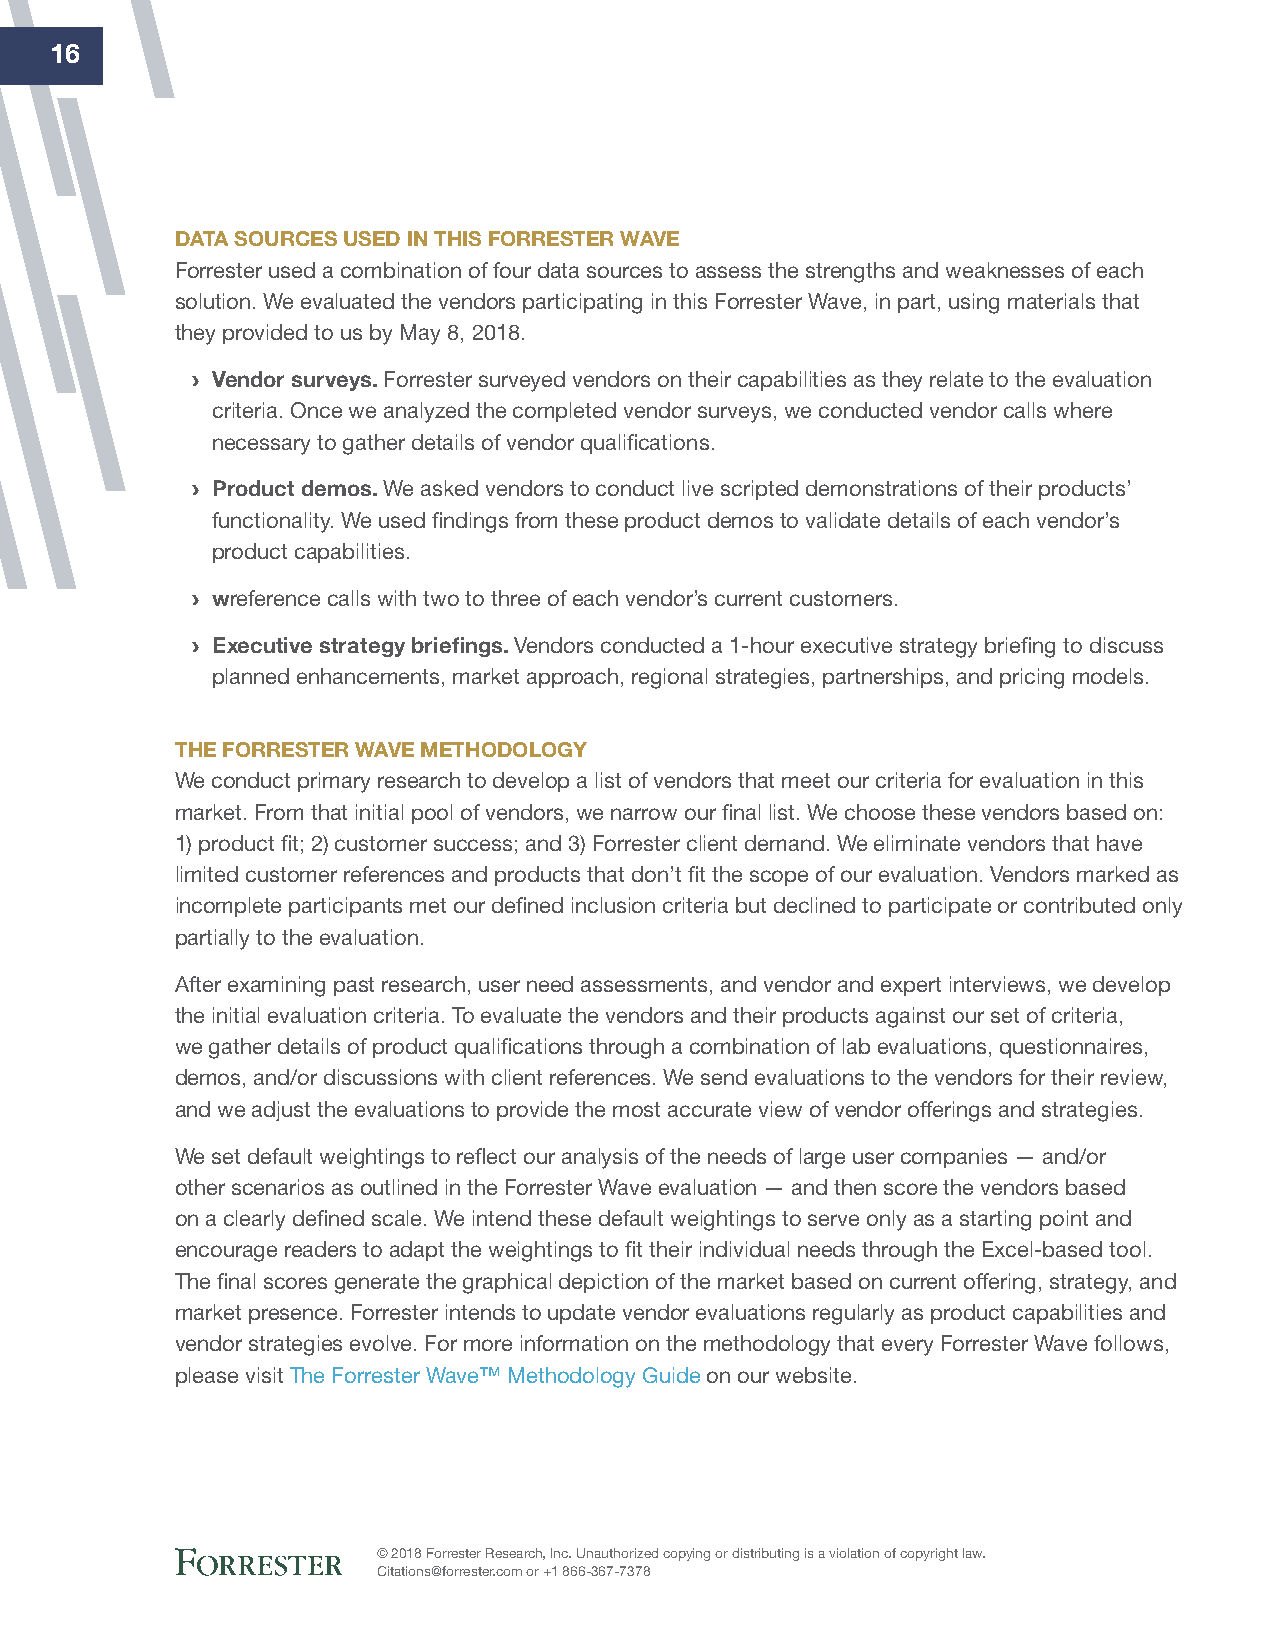
16
 dAtA SOurCeS uSed iN thiS fOrreSter wAve
 Forrester used a combination of four data sources to assess the strengths and weaknesses of each
 solution. We evaluated the vendors participating in this Forrester Wave, in part, using materials that
 they provided to us by May 8, 2018.
 › vendor surveys. Forrester surveyed vendors on their capabilities as they relate to the evaluation
 criteria. Once we analyzed the completed vendor surveys, we conducted vendor calls where
 necessary to gather details of vendor qualifications.
 › product demos. We asked vendors to conduct live scripted demonstrations of their products’
 functionality. We used findings from these product demos to validate details of each vendor’s
 product capabilities.
 › wreference calls with two to three of each vendor’s current customers.
 › executive strategy briefings. Vendors conducted a 1-hour executive strategy briefing to discuss
 planned enhancements, market approach, regional strategies, partnerships, and pricing models.
 the fOrreSter wAve MethOdOlOgy
 We conduct primary research to develop a list of vendors that meet our criteria for evaluation in this
 market. From that initial pool of vendors, we narrow our final list. We choose these vendors based on:
 1) product fit; 2) customer success; and 3) Forrester client demand. We eliminate vendors that have
 limited customer references and products that don’t fit the scope of our evaluation. Vendors marked as
 incomplete participants met our defined inclusion criteria but declined to participate or contributed only
 partially to the evaluation.
 After examining past research, user need assessments, and vendor and expert interviews, we develop
 the initial evaluation criteria. To evaluate the vendors and their products against our set of criteria,
 we gather details of product qualifications through a combination of lab evaluations, questionnaires,
 demos, and/or discussions with client references. We send evaluations to the vendors for their review,
 and we adjust the evaluations to provide the most accurate view of vendor offerings and strategies.
 We set default weightings to reflect our analysis of the needs of large user companies — and/or
 other scenarios as outlined in the Forrester Wave evaluation — and then score the vendors based
 on a clearly defined scale. We intend these default weightings to serve only as a starting point and
 encourage readers to adapt the weightings to fit their individual needs through the Excel-based tool.
 The final scores generate the graphical depiction of the market based on current offering, strategy, and
 market presence. Forrester intends to update vendor evaluations regularly as product capabilities and
 vendor strategies evolve. For more information on the methodology that every Forrester Wave follows,
 please visit The Forrester Wave™ Methodology Guide on our website.
 © 2018 Forrester Research, Inc. Unauthorized copying or distributing is a violation of copyright law.
 Citations@forrester.com or +1 866-367-7378